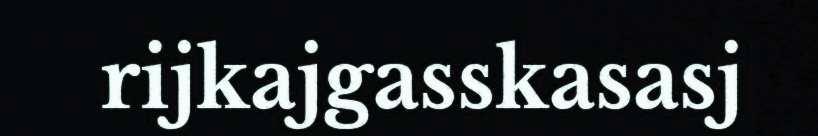
rijkajgasskasasj